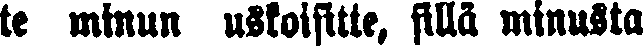
te minun uskoisitte, sillä minusta